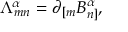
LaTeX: { \Lambda } _ { m n } ^ { \alpha } = \partial _ { [ m } B _ { n ] } ^ { \alpha } ,